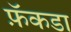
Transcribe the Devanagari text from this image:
फ़ॅकडा